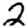
Digit: 2